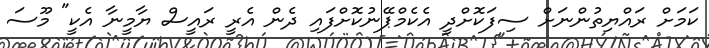
ކަމަށް ރައްޔިތުންނަށް ސިފަކޮށްދީ އެކެމްޕޭނުކޮށްފައި ދެން އެރީ ރައީސް ޔާމީނާ އެކީ" މޫސަ